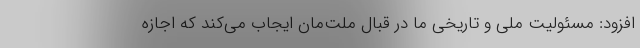
افزود: مسئولیت ملی و تاریخی ما در قبال ملت‌مان ایجاب می‌کند که اجازه